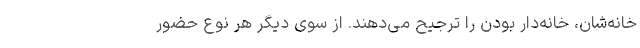
خانه‌شان، خانه‌دار بودن را ترجیح می‌دهند. از سوی دیگر هر نوع حضور